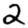
Digit: 2